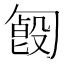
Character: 𠣿